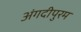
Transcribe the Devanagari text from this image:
अंगदीपुरम